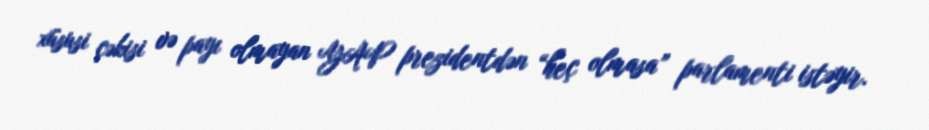
xüsusi çəkisi və payı olmayan YAP prezidentdən “heç olmasa” parlamenti istəyir.